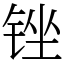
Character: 锉